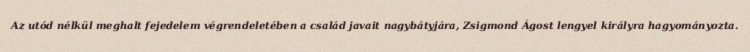
Az utód nélkül meghalt fejedelem végrendeletében a család javait nagybátyjára, Zsigmond Ágost lengyel királyra hagyományozta.